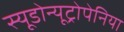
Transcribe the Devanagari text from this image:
स्यूडोन्यूट्रोपेनिया